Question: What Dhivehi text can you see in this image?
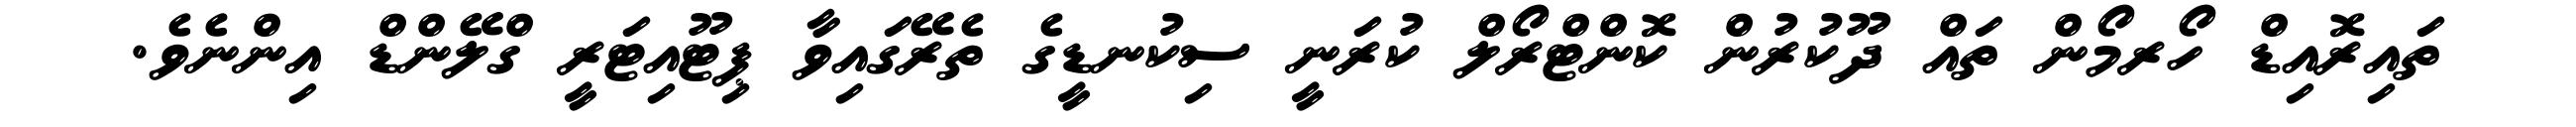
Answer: ތައިރޮއިޑް ހޯރމޯން ތައް ދޫކުރުން ކޮންޓްރޯލް ކުރަނީ ސިކުނޑީގެ ތެރޭގައިވާ ޕިޓޫއިޓަރީ ގްލޭންޑް އިންނެވެ.